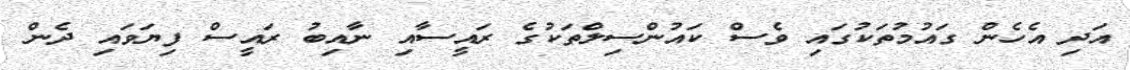
އަދި އެެހެން ގައުމުތަކުގައި ވެސް ކައުންސިލްތަކުގެ ރައީސާއި ނާއިބު ރައީސް ފިޔަވައި ދެން